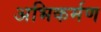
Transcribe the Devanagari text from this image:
अभिकर्मण